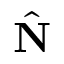
\hat { \mathbf { N } }